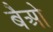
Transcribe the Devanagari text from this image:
बैओ